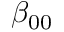
\beta _ { 0 0 }